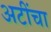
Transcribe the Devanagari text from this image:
अटींचा